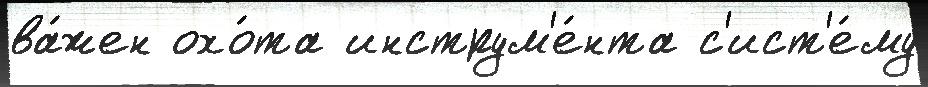
ва́жен охо́та инструм'е́нта с'ист'е́му